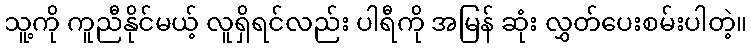
သူ့ကို ကူညီနိုင်မယ့် လူရှိရင်လည်း ပါရီကို အမြန် ဆုံး လွှတ်ပေးစမ်းပါတဲ့။